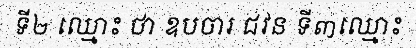
ទី២ ឈ្មោះ ថា ឧបចារ ជវន ទី៣ឈ្មោះ